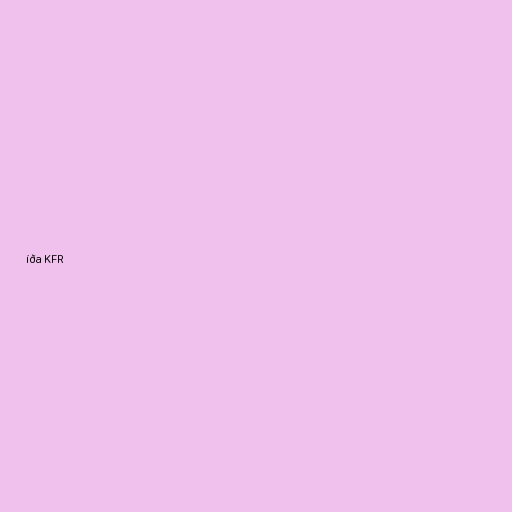
íða KFR